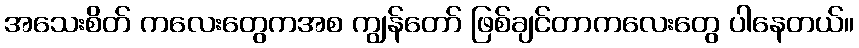
အသေးစိတ် ကလေးတွေကအစ ကျွန်တော် ဖြစ်ချင်တာကလေးတွေ ပါနေတယ်။